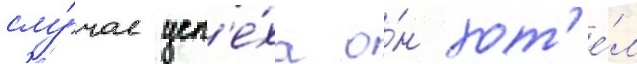
слу́чае усп'е́ха о́н хот'е́л